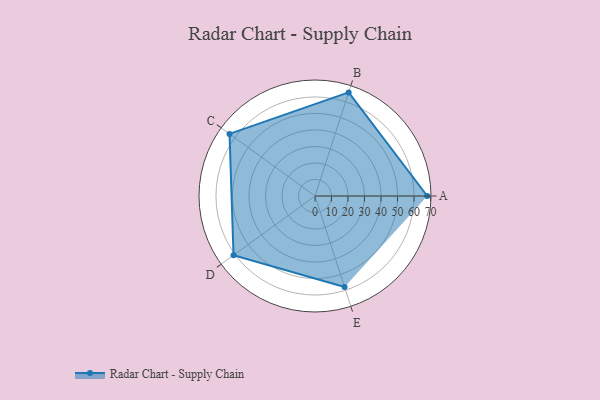
{"axis": {"x": "Skill", "y": "Score"}, "legend": ["Profile"], "data": [{"x": "A", "y": 68.0, "type": "Profile"}, {"x": "B", "y": 66.0, "type": "Profile"}, {"x": "C", "y": 64.0, "type": "Profile"}, {"x": "D", "y": 61.0, "type": "Profile"}, {"x": "E", "y": 58.0, "type": "Profile"}]}